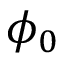
\phi _ { 0 }